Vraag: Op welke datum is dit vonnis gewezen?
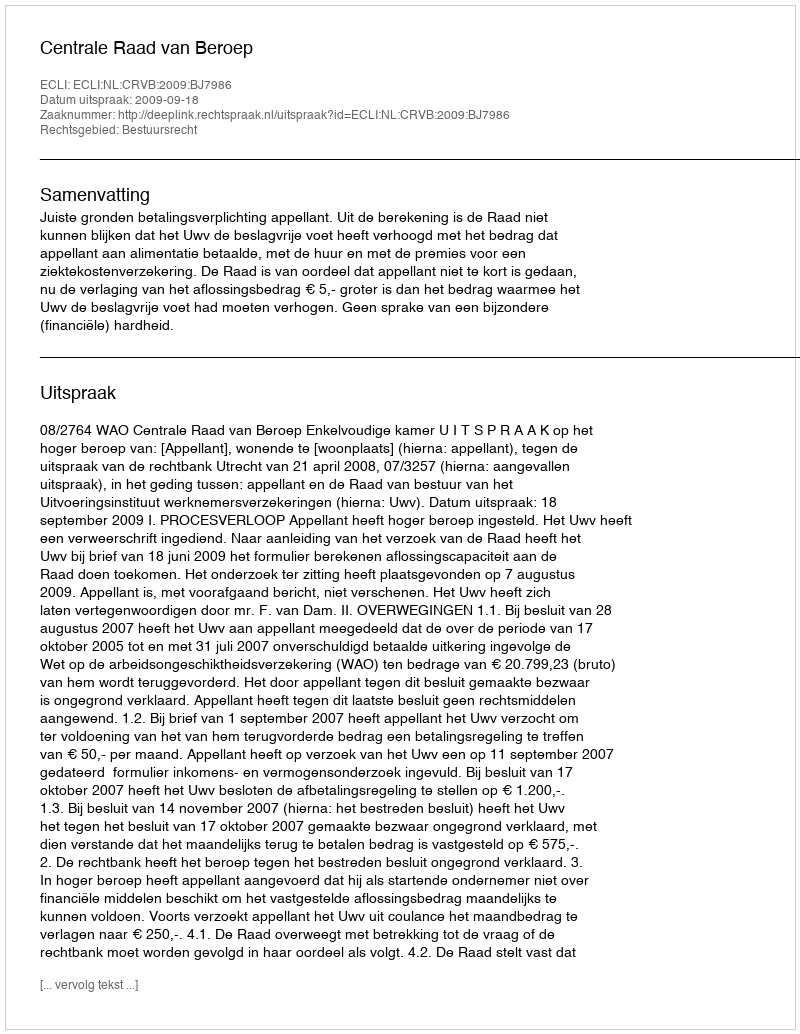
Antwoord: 2009-09-18